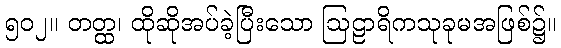
၅၀၂။ တတ္ထ၊ ထိုဆိုအပ်ခဲ့ပြီးသော ဩဠာရိကသုခုမအဖြစ်၌။